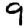
Digit: 9